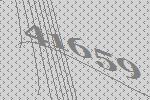
41659